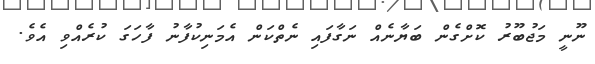
ނޫނީ މަޖުބޫރު ކޮށްގެން ބަޔާނެއް ނަގާފައި ނެތްކަން އެމަނިކުފާނު ފާހަގަ ކުރެއްވި އެވެ.